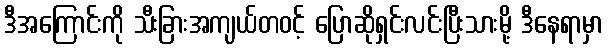
ဒီအကြောင်းကို သီးခြားအကျယ်တဝင့် ပြောဆိုရှင်းလင်းပြီးသားမို့ ဒီနေရာမှာ